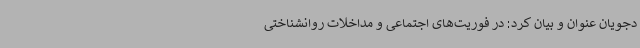
دجویان عنوان و بیان کرد: در فوریت‌های اجتماعی و مداخلات روانشناختی